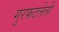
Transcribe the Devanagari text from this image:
गुरफटलेली